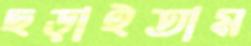
ছড়াইতাম